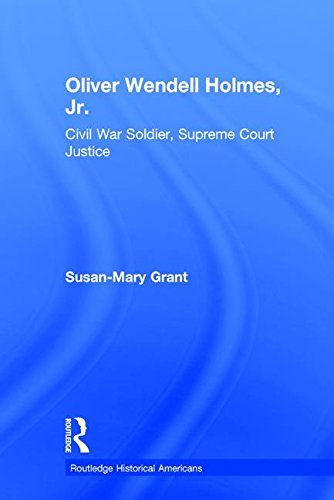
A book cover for Oliver Wendell Holmes, Jr.: Civil War Soldier, Supreme Court Justice (Routledge Historical Americans); Susan-Mary Grant; Biographies & Memoirs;